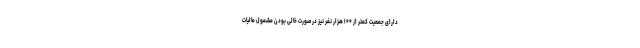
دارای جمعیت کمتر از ۱۰۰ هزار نفر نیز در صورت خالی بودن مشمول مالیات